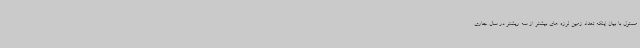
مسئول با بیان اینکه تعداد زمین لرزه های بیشتر از سه ریشتر در سال جاری